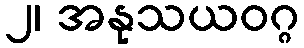
၂၊ အနုသယဝဂ္ဂ